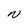
Character: N